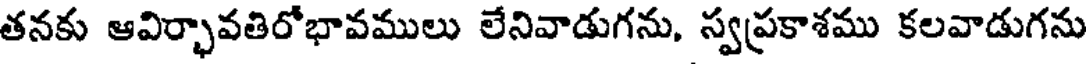
తనకు ఆవిర్భావతిరోభావములు లేనివాడుగను, స్వప్రకాశము కలవాడుగను